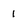
Character: 1